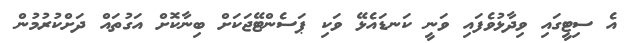
އެ ސިޓީގައި ވިދާޅުވެފައި ވަނީ ކަނޑައެޅޭ ވަކި ޕަސެންޓޭޖަކަށް ބިނާކޮށް އަގުތައް ދަށްކުރުމުން